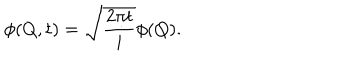
LaTeX: \phi ( Q , t ) = \sqrt { { \frac { 2 \pi t } { i } } } \phi ( Q ) .